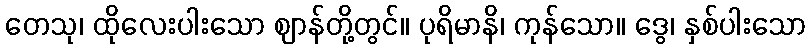
တေသု၊ ထိုလေးပါးသော ဈာန်တို့တွင်။ ပုရိမာနိ၊ ကုန်သော။ ဒွေ၊ နှစ်ပါးသော